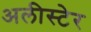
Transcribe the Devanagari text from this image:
अलीस्टेर